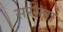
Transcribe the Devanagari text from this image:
सरीला